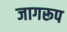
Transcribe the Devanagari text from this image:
जागरूप